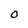
Character: O